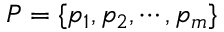
P = \{ p _ { 1 } , p _ { 2 } , \cdots , p _ { m } \}